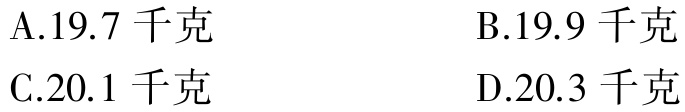
A.19.7 千克

B.19.9 千克

C.20.1 千克

D.20.3 千克